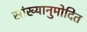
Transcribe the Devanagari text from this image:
सांख्यानुमोदित